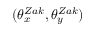
( \theta _ { x } ^ { Z a k } , \theta _ { y } ^ { Z a k } )